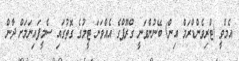
އެމްވީ (ޓްރިވެންޑްރަމް އިން) ބޭނުންވަނީ ގްރޫޕްގެ އެއްވަނަ ޓީމުގެ ގޮތުގައި ސެމީފައިނަލަށް ދާން